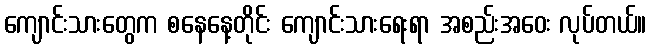
ကျောင်းသားတွေက စနေနေ့တိုင်း ကျောင်းသားရေးရာ အစည်းအဝေး လုပ်တယ်။